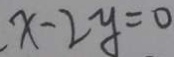
x - 2 y = 0